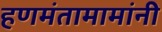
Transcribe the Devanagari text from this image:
हणमंतामामांनी